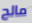
مالح